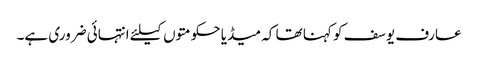
عارف یوسف کو کہنا تھا کہ میڈیا حکومتوں کیلئے انتہائی ضروری ہے۔